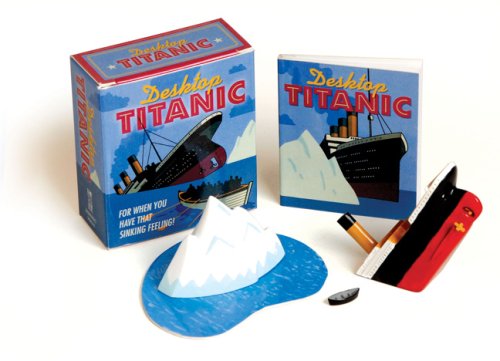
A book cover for Desktop Titanic: For When You Have that Sinking Feeling!; Samantha Parks; Humor & Entertainment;